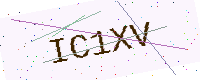
Text: IC1XV